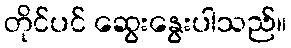
တိုင်ပင် ဆွေးနွေးပါသည်။